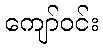
ကျော်ဝင်း